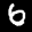
Label: 6